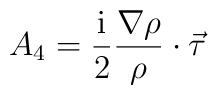
A_4={{\mathrm{i}}\over 2}{\nabla\rho\over\rho}\cdot\vec\tau